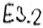
Text: E3.2